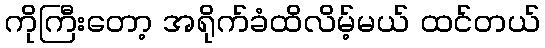
ကိုကြီးတော့ အရိုက်ခံထိလိမ့်မယ် ထင်တယ်